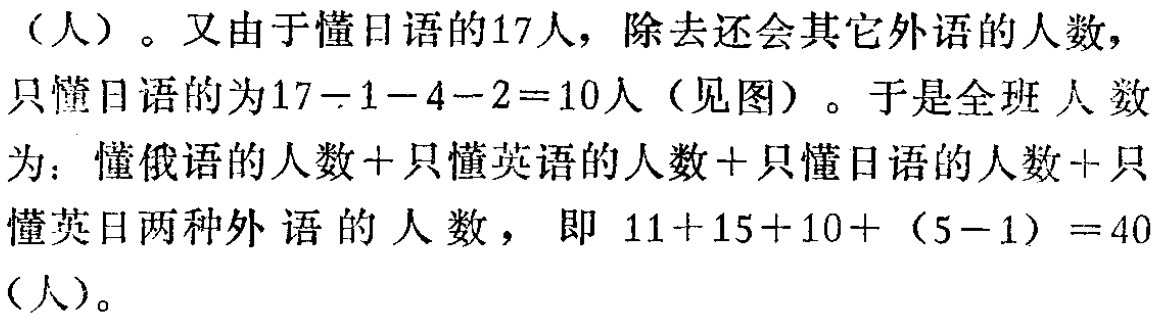
（人）。又由于懂日语的17人，除去还会其它外语的人数，只懂日语的为\(17 - 1 - 4 - 2 = 10\)人（见图）。于是全班人数为：懂俄语的人数+只懂英语的人数+只懂日语的人数+只懂英日两种外语的人数，即\(11 + 15 + 10 + (5 - 1)=40\)（人）。